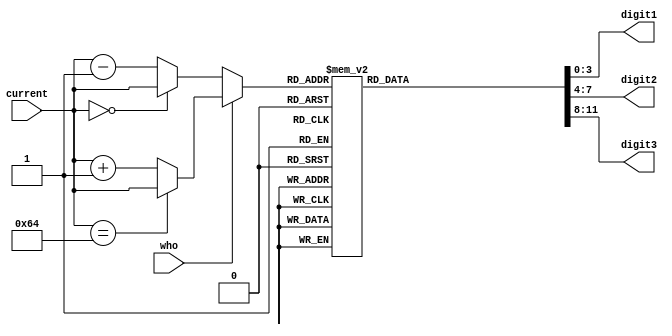
module output_logic(input wire [6:0] current,
                 input wire who,
                 output reg [3:0] digit1, //less sign
                 output reg [3:0] digit2,
                 output reg [3:0] digit3);

    reg[6:0] next;
    always @(current) begin
        
        case (who)
            1: 
            begin
                //incrementar
                if (current == 100)
                    next = current; // mantenerlo
                else
                     next = current + 1;
            end
            default: 
            begin
                //decrementar
                if (current == 0)
                    next = current; // mantenerlo
                else
                     next = current - 1;
            end
        endcase

        // ahora viene lo bueno

        case (next)
            000:
            begin
                digit1 = 0; //less signigicant
                digit2 = 0;
                digit3 = 0;
            end
            001:
            begin
                digit1 = 1; //less signigicant
                digit2 = 0;
                digit3 = 0;
            end
            002:
            begin
                digit1 = 2; //less signigicant
                digit2 = 0;
                digit3 = 0;
            end
            003:
            begin
                digit1 = 3; //less signigicant
                digit2 = 0;
                digit3 = 0;
            end
            004:
            begin
                digit1 = 4; //less signigicant
                digit2 = 0;
                digit3 = 0;
            end
            005:
            begin
                digit1 = 5; //less signigicant
                digit2 = 0;
                digit3 = 0;
            end
            006:
            begin
                digit1 = 6; //less signigicant
                digit2 = 0;
                digit3 = 0;
            end
            007:
            begin
                digit1 = 7; //less signigicant
                digit2 = 0;
                digit3 = 0;
            end
            008:
            begin
                digit1 = 8; //less signigicant
                digit2 = 0;
                digit3 = 0;
            end
            009:
            begin
                digit1 = 9; //less signigicant
                digit2 = 0;
                digit3 = 0;
            end
            010:
            begin
                digit1 = 0; //less signigicant
                digit2 = 1;
                digit3 = 0;
            end
            011:
            begin
                digit1 = 1; //less signigicant
                digit2 = 1;
                digit3 = 0;
            end
            012:
            begin
                digit1 = 2; //less signigicant
                digit2 = 1;
                digit3 = 0;
            end
            013:
            begin
                digit1 = 3; //less signigicant
                digit2 = 1;
                digit3 = 0;
            end
            014:
            begin
                digit1 = 4; //less signigicant
                digit2 = 1;
                digit3 = 0;
            end
            015:
            begin
                digit1 = 5; //less signigicant
                digit2 = 1;
                digit3 = 0;
            end
            016:
            begin
                digit1 = 6; //less signigicant
                digit2 = 1;
                digit3 = 0;
            end
            017:
            begin
                digit1 = 7; //less signigicant
                digit2 = 1;
                digit3 = 0;
            end
            018:
            begin
                digit1 = 8; //less signigicant
                digit2 = 1;
                digit3 = 0;
            end
            019:
            begin
                digit1 = 9; //less signigicant
                digit2 = 1;
                digit3 = 0;
            end
            020:
            begin
                digit1 = 0; //less signigicant
                digit2 = 2;
                digit3 = 0;
            end
            021:
            begin
                digit1 = 1; //less signigicant
                digit2 = 2;
                digit3 = 0;
            end
            022:
            begin
                digit1 = 2; //less signigicant
                digit2 = 2;
                digit3 = 0;
            end
            023:
            begin
                digit1 = 3; //less signigicant
                digit2 = 2;
                digit3 = 0;
            end
            024:
            begin
                digit1 = 4; //less signigicant
                digit2 = 2;
                digit3 = 0;
            end
            025:
            begin
                digit1 = 5; //less signigicant
                digit2 = 2;
                digit3 = 0;
            end
            026:
            begin
                digit1 = 6; //less signigicant
                digit2 = 2;
                digit3 = 0;
            end
            027:
            begin
                digit1 = 7; //less signigicant
                digit2 = 2;
                digit3 = 0;
            end
            028:
            begin
                digit1 = 8; //less signigicant
                digit2 = 2;
                digit3 = 0;
            end
            029:
            begin
                digit1 = 9; //less signigicant
                digit2 = 2;
                digit3 = 0;
            end
            030:
            begin
                digit1 = 0; //less signigicant
                digit2 = 3;
                digit3 = 0;
            end
            031:
            begin
                digit1 = 1; //less signigicant
                digit2 = 3;
                digit3 = 0;
            end
            032:
            begin
                digit1 = 2; //less signigicant
                digit2 = 3;
                digit3 = 0;
            end
            033:
            begin
                digit1 = 3; //less signigicant
                digit2 = 3;
                digit3 = 0;
            end
            034:
            begin
                digit1 = 4; //less signigicant
                digit2 = 3;
                digit3 = 0;
            end
            035:
            begin
                digit1 = 5; //less signigicant
                digit2 = 3;
                digit3 = 0;
            end
            036:
            begin
                digit1 = 6; //less signigicant
                digit2 = 3;
                digit3 = 0;
            end
            037:
            begin
                digit1 = 7; //less signigicant
                digit2 = 3;
                digit3 = 0;
            end
            038:
            begin
                digit1 = 8; //less signigicant
                digit2 = 3;
                digit3 = 0;
            end
            039:
            begin
                digit1 = 9; //less signigicant
                digit2 = 3;
                digit3 = 0;
            end
            040:
            begin
                digit1 = 0; //less signigicant
                digit2 = 4;
                digit3 = 0;
            end
            041:
            begin
                digit1 = 1; //less signigicant
                digit2 = 4;
                digit3 = 0;
            end
            042:
            begin
                digit1 = 2; //less signigicant
                digit2 = 4;
                digit3 = 0;
            end
            043:
            begin
                digit1 = 3; //less signigicant
                digit2 = 4;
                digit3 = 0;
            end
            044:
            begin
                digit1 = 4; //less signigicant
                digit2 = 4;
                digit3 = 0;
            end
            045:
            begin
                digit1 = 5; //less signigicant
                digit2 = 4;
                digit3 = 0;
            end
            046:
            begin
                digit1 = 6; //less signigicant
                digit2 = 4;
                digit3 = 0;
            end
            047:
            begin
                digit1 = 7; //less signigicant
                digit2 = 4;
                digit3 = 0;
            end
            048:
            begin
                digit1 = 8; //less signigicant
                digit2 = 4;
                digit3 = 0;
            end
            049:
            begin
                digit1 = 9; //less signigicant
                digit2 = 4;
                digit3 = 0;
            end
            050:
            begin
                digit1 = 0; //less signigicant
                digit2 = 5;
                digit3 = 0;
            end
            051:
            begin
                digit1 = 1; //less signigicant
                digit2 = 5;
                digit3 = 0;
            end
            052:
            begin
                digit1 = 2; //less signigicant
                digit2 = 5;
                digit3 = 0;
            end
            053:
            begin
                digit1 = 3; //less signigicant
                digit2 = 5;
                digit3 = 0;
            end
            054:
            begin
                digit1 = 4; //less signigicant
                digit2 = 5;
                digit3 = 0;
            end
            055:
            begin
                digit1 = 5; //less signigicant
                digit2 = 5;
                digit3 = 0;
            end
            056:
            begin
                digit1 = 6; //less signigicant
                digit2 = 5;
                digit3 = 0;
            end
            057:
            begin
                digit1 = 7; //less signigicant
                digit2 = 5;
                digit3 = 0;
            end
            058:
            begin
                digit1 = 8; //less signigicant
                digit2 = 5;
                digit3 = 0;
            end
            059:
            begin
                digit1 = 9; //less signigicant
                digit2 = 5;
                digit3 = 0;
            end
            060:
            begin
                digit1 = 0; //less signigicant
                digit2 = 6;
                digit3 = 0;
            end
            061:
            begin
                digit1 = 1; //less signigicant
                digit2 = 6;
                digit3 = 0;
            end
            062:
            begin
                digit1 = 2; //less signigicant
                digit2 = 6;
                digit3 = 0;
            end
            063:
            begin
                digit1 = 3; //less signigicant
                digit2 = 6;
                digit3 = 0;
            end
            064:
            begin
                digit1 = 4; //less signigicant
                digit2 = 6;
                digit3 = 0;
            end
            065:
            begin
                digit1 = 5; //less signigicant
                digit2 = 6;
                digit3 = 0;
            end
            066:
            begin
                digit1 = 6; //less signigicant
                digit2 = 6;
                digit3 = 0;
            end
            067:
            begin
                digit1 = 7; //less signigicant
                digit2 = 6;
                digit3 = 0;
            end
            068:
            begin
                digit1 = 8; //less signigicant
                digit2 = 6;
                digit3 = 0;
            end
            069:
            begin
                digit1 = 9; //less signigicant
                digit2 = 6;
                digit3 = 0;
            end
            070:
            begin
                digit1 = 0; //less signigicant
                digit2 = 7;
                digit3 = 0;
            end
            071:
            begin
                digit1 = 1; //less signigicant
                digit2 = 7;
                digit3 = 0;
            end
            072:
            begin
                digit1 = 2; //less signigicant
                digit2 = 7;
                digit3 = 0;
            end
            073:
            begin
                digit1 = 3; //less signigicant
                digit2 = 7;
                digit3 = 0;
            end
            074:
            begin
                digit1 = 4; //less signigicant
                digit2 = 7;
                digit3 = 0;
            end
            075:
            begin
                digit1 = 5; //less signigicant
                digit2 = 7;
                digit3 = 0;
            end
            076:
            begin
                digit1 = 6; //less signigicant
                digit2 = 7;
                digit3 = 0;
            end
            077:
            begin
                digit1 = 7; //less signigicant
                digit2 = 7;
                digit3 = 0;
            end
            078:
            begin
                digit1 = 8; //less signigicant
                digit2 = 7;
                digit3 = 0;
            end
            079:
            begin
                digit1 = 9; //less signigicant
                digit2 = 7;
                digit3 = 0;
            end
            080:
            begin
                digit1 = 0; //less signigicant
                digit2 = 8;
                digit3 = 0;
            end
            081:
            begin
                digit1 = 1; //less signigicant
                digit2 = 8;
                digit3 = 0;
            end
            082:
            begin
                digit1 = 2; //less signigicant
                digit2 = 8;
                digit3 = 0;
            end
            083:
            begin
                digit1 = 3; //less signigicant
                digit2 = 8;
                digit3 = 0;
            end
            084:
            begin
                digit1 = 4; //less signigicant
                digit2 = 8;
                digit3 = 0;
            end
            085:
            begin
                digit1 = 5; //less signigicant
                digit2 = 8;
                digit3 = 0;
            end
            086:
            begin
                digit1 = 6; //less signigicant
                digit2 = 8;
                digit3 = 0;
            end
            087:
            begin
                digit1 = 7; //less signigicant
                digit2 = 8;
                digit3 = 0;
            end
            088:
            begin
                digit1 = 8; //less signigicant
                digit2 = 8;
                digit3 = 0;
            end
            089:
            begin
                digit1 = 9; //less signigicant
                digit2 = 8;
                digit3 = 0;
            end
            090:
            begin
                digit1 = 0; //less signigicant
                digit2 = 9;
                digit3 = 0;
            end
            091:
            begin
                digit1 = 1; //less signigicant
                digit2 = 9;
                digit3 = 0;
            end
            092:
            begin
                digit1 = 2; //less signigicant
                digit2 = 9;
                digit3 = 0;
            end
            093:
            begin
                digit1 = 3; //less signigicant
                digit2 = 9;
                digit3 = 0;
            end
            094:
            begin
                digit1 = 4; //less signigicant
                digit2 = 9;
                digit3 = 0;
            end
            095:
            begin
                digit1 = 5; //less signigicant
                digit2 = 9;
                digit3 = 0;
            end
            096:
            begin
                digit1 = 6; //less signigicant
                digit2 = 9;
                digit3 = 0;
            end
            097:
            begin
                digit1 = 7; //less signigicant
                digit2 = 9;
                digit3 = 0;
            end
            098:
            begin
                digit1 = 8; //less signigicant
                digit2 = 9;
                digit3 = 0;
            end
            099:
            begin
                digit1 = 9; //less signigicant
                digit2 = 9;
                digit3 = 0;
            end
            100:
            begin
                digit1 = 0; //less signigicant
                digit2 = 0;
                digit3 = 1;
            end

            default:
            begin
                digit1 = 14; // 0xE
                digit2 = 14;
                digit3 = 14;
            end
        endcase
    end
endmodule